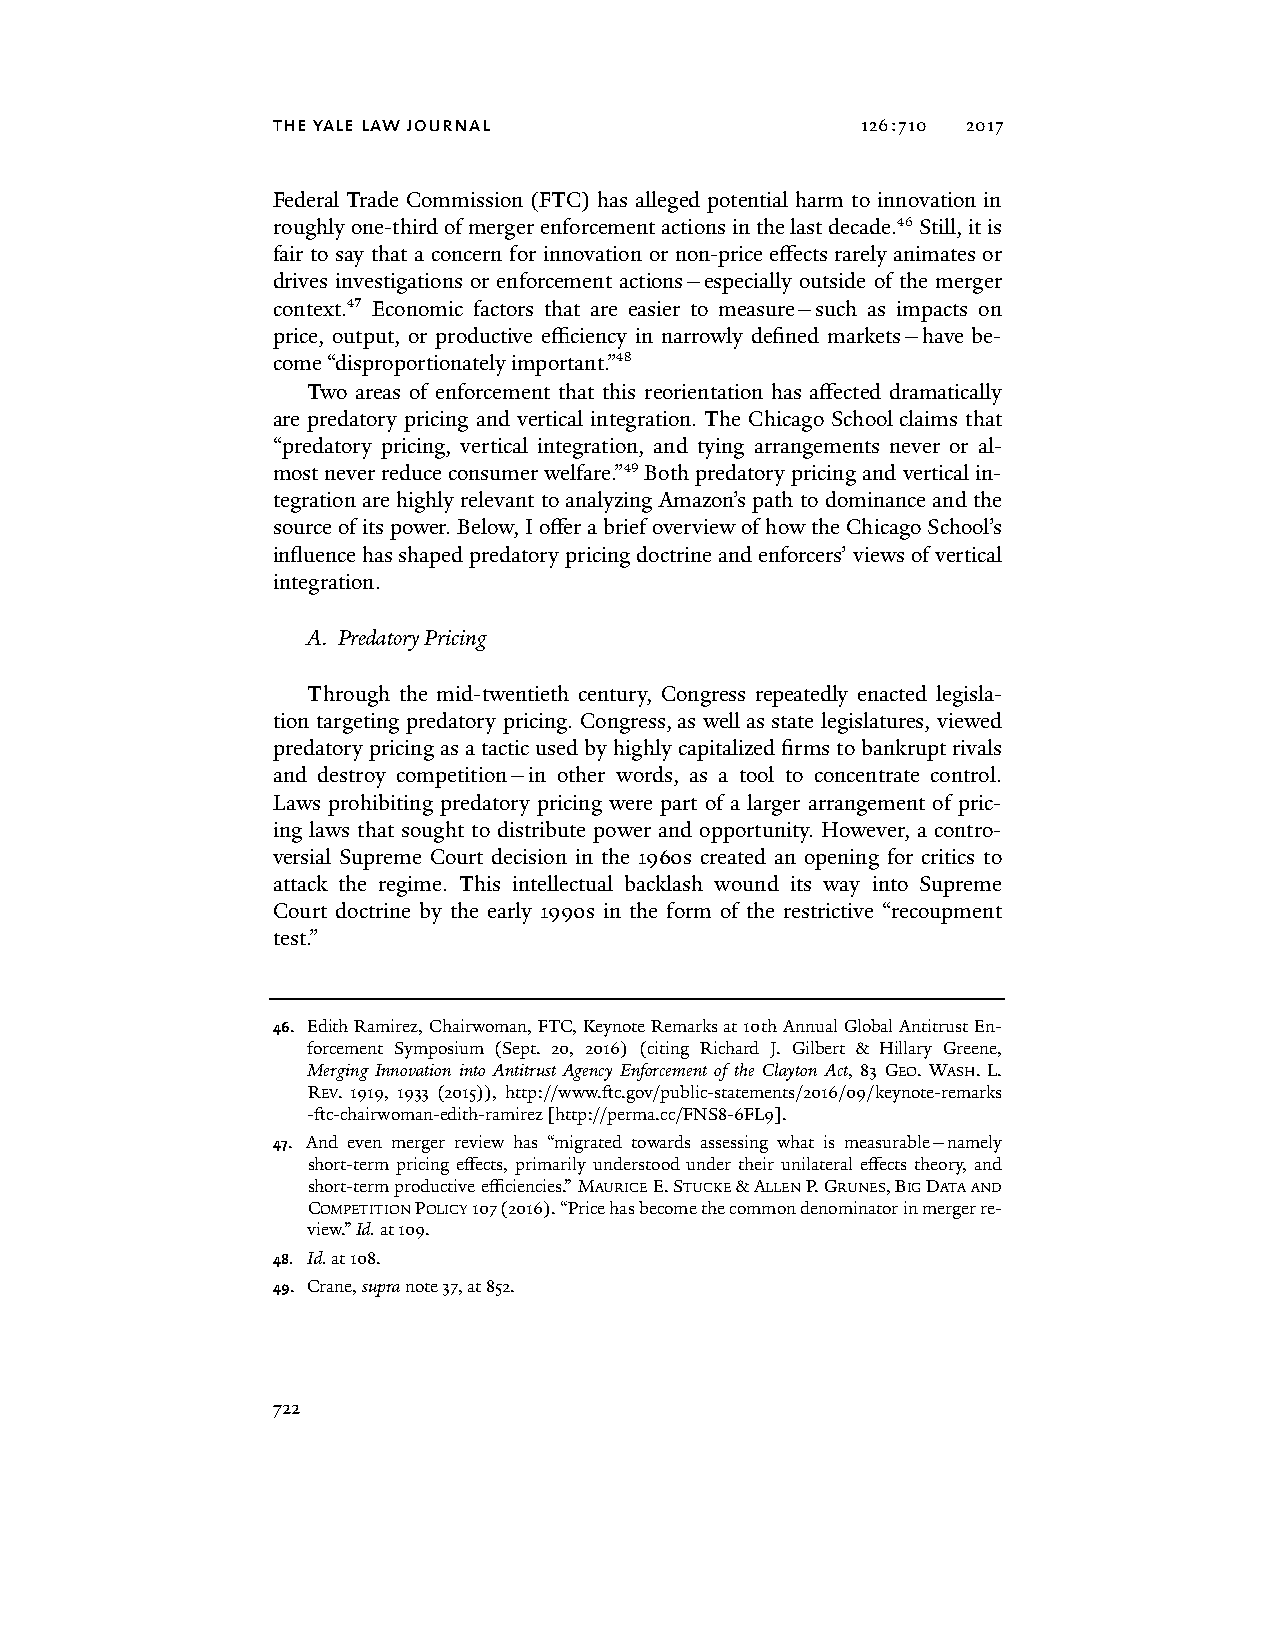
the yale law journal                   126:710 2017
 Federal Trade Commission (FTC) has alleged potential harm to innovation in
 roughly one-third of merger enforcement actions in the last decade.46 Still, it is
 fair to say that a concern for innovation or non-price effects rarely animates or
 drives investigations or enforcement actions—especially outside of the merger
 context.47 Economic factors that are easier to measure—such as impacts on
 price, output, or productive efficiency in narrowly defined markets—have be-
 come “disproportionately important.”48
 Two areas of enforcement that this reorientation has affected dramatically
 are predatory pricing and vertical integration. The Chicago School claims that
 “predatory pricing, vertical integration, and tying arrangements never or al-
 most never reduce consumer welfare.”49 Both predatory pricing and vertical in-
 tegration are highly relevant to analyzing Amazon’s path to dominance and the
 source of its power. Below, I offer a brief overview of how the Chicago School’s
 influence has shaped predatory pricing doctrine and enforcers’ views of vertical
 integration.
 A. Predatory Pricing
 Through the mid-twentieth century, Congress repeatedly enacted legisla-
 tion targeting predatory pricing. Congress, as well as state legislatures, viewed
 predatory pricing as a tactic used by highly capitalized firms to bankrupt rivals
 and destroy competition—in other words, as a tool to concentrate control.
 Laws prohibiting predatory pricing were part of a larger arrangement of pric-
 ing laws that sought to distribute power and opportunity. However, a contro-
 versial Supreme Court decision in the 1960s created an opening for critics to
 attack the regime. This intellectual backlash wound its way into Supreme
 Court doctrine by the early 1990s in the form of the restrictive “recoupment
 test.”
 46. Edith Ramirez, Chairwoman, FTC, Keynote Remarks at 10th Annual Global Antitrust En-
 forcement Symposium (Sept. 20, 2016) (citing Richard J. Gilbert & Hillary Greene,
 Merging Innovation into Antitrust Agency Enforcement of the Clayton Act, 83 GEO. WASH. L.
 REV. 1919, 1933 (2015)), http://www.ftc.gov/public-statements/2016/09/keynote-remarks
 -ftc-chairwoman-edith-ramirez [http://perma.cc/FNS8-6FL9].
 47. And even merger review has “migrated towards assessing what is measurable—namely
 short-term pricing effects, primarily understood under their unilateral effects theory, and
 short-term productive efficiencies.” MAURICE E. STUCKE & ALLEN P. GRUNES, BIG DATA AND
 COMPETITION POLICY 107 (2016). “Price has become the common denominator in merger re-
 view.” Id. at 109.
 48. Id. at 108.
 49. Crane, supra note 37, at 852.
 722